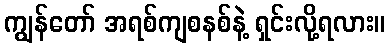
ကျွန်တော် အရစ်ကျစနစ်နဲ့ ရှင်းလို့ရလား။